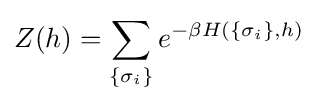
Z(h)=\sum _{\{\sigma _{i}\}}e^{-\beta H(\{\sigma _{i}\},h)}